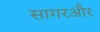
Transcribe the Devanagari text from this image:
सागरऔर